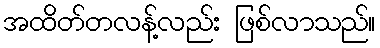
အထိတ်တလန့်လည်း ဖြစ်လာသည်။